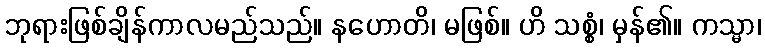
ဘုရားဖြစ်ချိန်ကာလမည်သည်။ နဟောတိ၊ မဖြစ်။ ဟိ သစ္စံ၊ မှန်၏။ ကသ္မာ၊